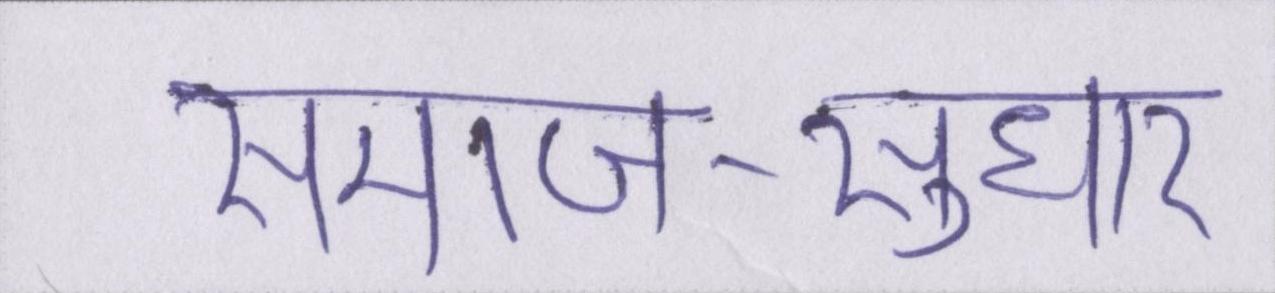
समाज-सुधार